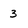
Character: 3